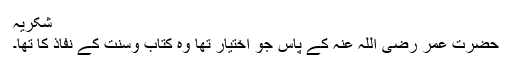
شکریہ
حضرت عمر رضی اللہ عنہ کے پاس جو اختیار تھا وہ کتاب وسنت کے نفاذ کا تھا۔